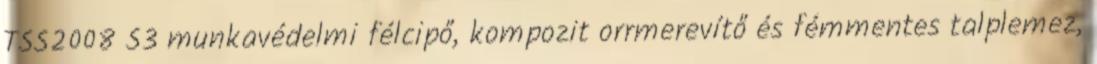
TSS2008 S3 munkavédelmi félcipő, kompozit orrmerevítő és fémmentes talplemez,